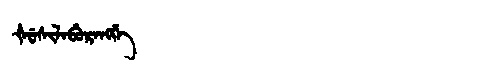
Manchu: ᡧᡠᠰᡳᠯᠠᠪᡠᡵᠠᠩᡤᡝ
Romanization: ŠUSILABURANGGE